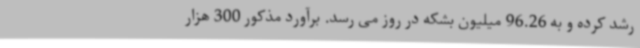
رشد کرده و به 96.26 میلیون بشکه در روز می رسد. برآورد مذکور 300 هزار